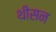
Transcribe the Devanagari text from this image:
थीसन